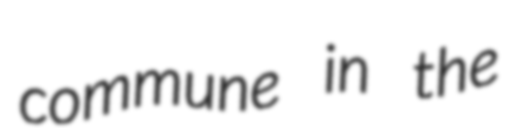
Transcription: commune in the